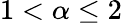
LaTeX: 1<\alpha\leq 2